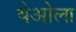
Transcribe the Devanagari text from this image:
येओला